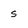
Character: s